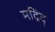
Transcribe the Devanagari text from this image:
मद्रिद्